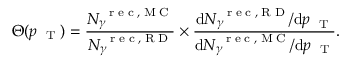
\Theta ( p _ { \mathrm { ~ \tiny ~ T ~ } } ) = \frac { N _ { \gamma } ^ { \mathrm { ~ \tiny ~ r ~ e ~ c ~ , ~ M ~ C ~ } } } { N _ { \gamma } ^ { \mathrm { ~ \tiny ~ r ~ e ~ c ~ , ~ R ~ D ~ } } } \times \frac { \mathrm { d } N _ { \gamma } ^ { \mathrm { ~ \tiny ~ r ~ e ~ c ~ , ~ R ~ D ~ } } / \mathrm { d } p _ { \mathrm { ~ \tiny ~ T ~ } } } { \mathrm { d } N _ { \gamma } ^ { \mathrm { ~ \tiny ~ r ~ e ~ c ~ , ~ M ~ C ~ } } / \mathrm { d } p _ { \mathrm { ~ \tiny ~ T ~ } } } .